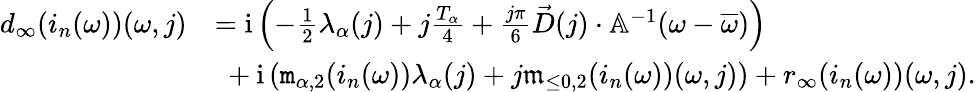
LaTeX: \begin{array}{rl}{d_{\infty}(i_{n}(\omega))(\omega,j)}&{=\mathrm{i}\left(-\frac{1}{2}\lambda_{\alpha}(j)+j\frac{T_{\alpha}}{4}+\frac{j\pi}{6}\vec{D}(j)\cdot\mathbb{A}^{-1}(\omega-\overline{{\omega}})\right)}\\ &{\ +\mathrm{i}\left(\mathtt{m}_{\alpha,2}(i_{n}(\omega))\lambda_{\alpha}(j)+j\mathfrak{m}_{\le 0,2}(i_{n}(\omega))(\omega,j)\right)+r_{\infty}(i_{n}(\omega))(\omega,j).}\end{array}